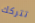
تتركك